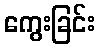
ကွေးခြင်း